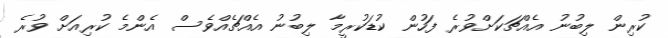
ކުރިން ލިބުނު އެއްޗަކަށްވުރެ ފަހުން ކުޑަކުރީމާ ލިބުނު އެއްޗެއްވެސް އެންމެ ކުރިއަށް ވުރެ